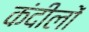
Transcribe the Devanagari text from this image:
कंदीलों